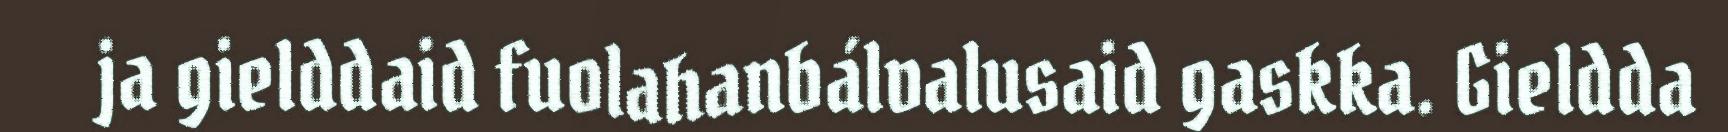
ja gielddaid fuolahanbálvalusaid gaskka. Gieldda